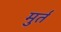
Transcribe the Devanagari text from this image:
मुर्त